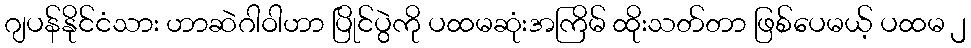
ဂျပန်နိုင်ငံသား ဟာဆဲဂါဝါဟာ ပြိုင်ပွဲကို ပထမဆုံးအကြိမ် ထိုးသတ်တာ ဖြစ်ပေမယ့် ပထမ ၂